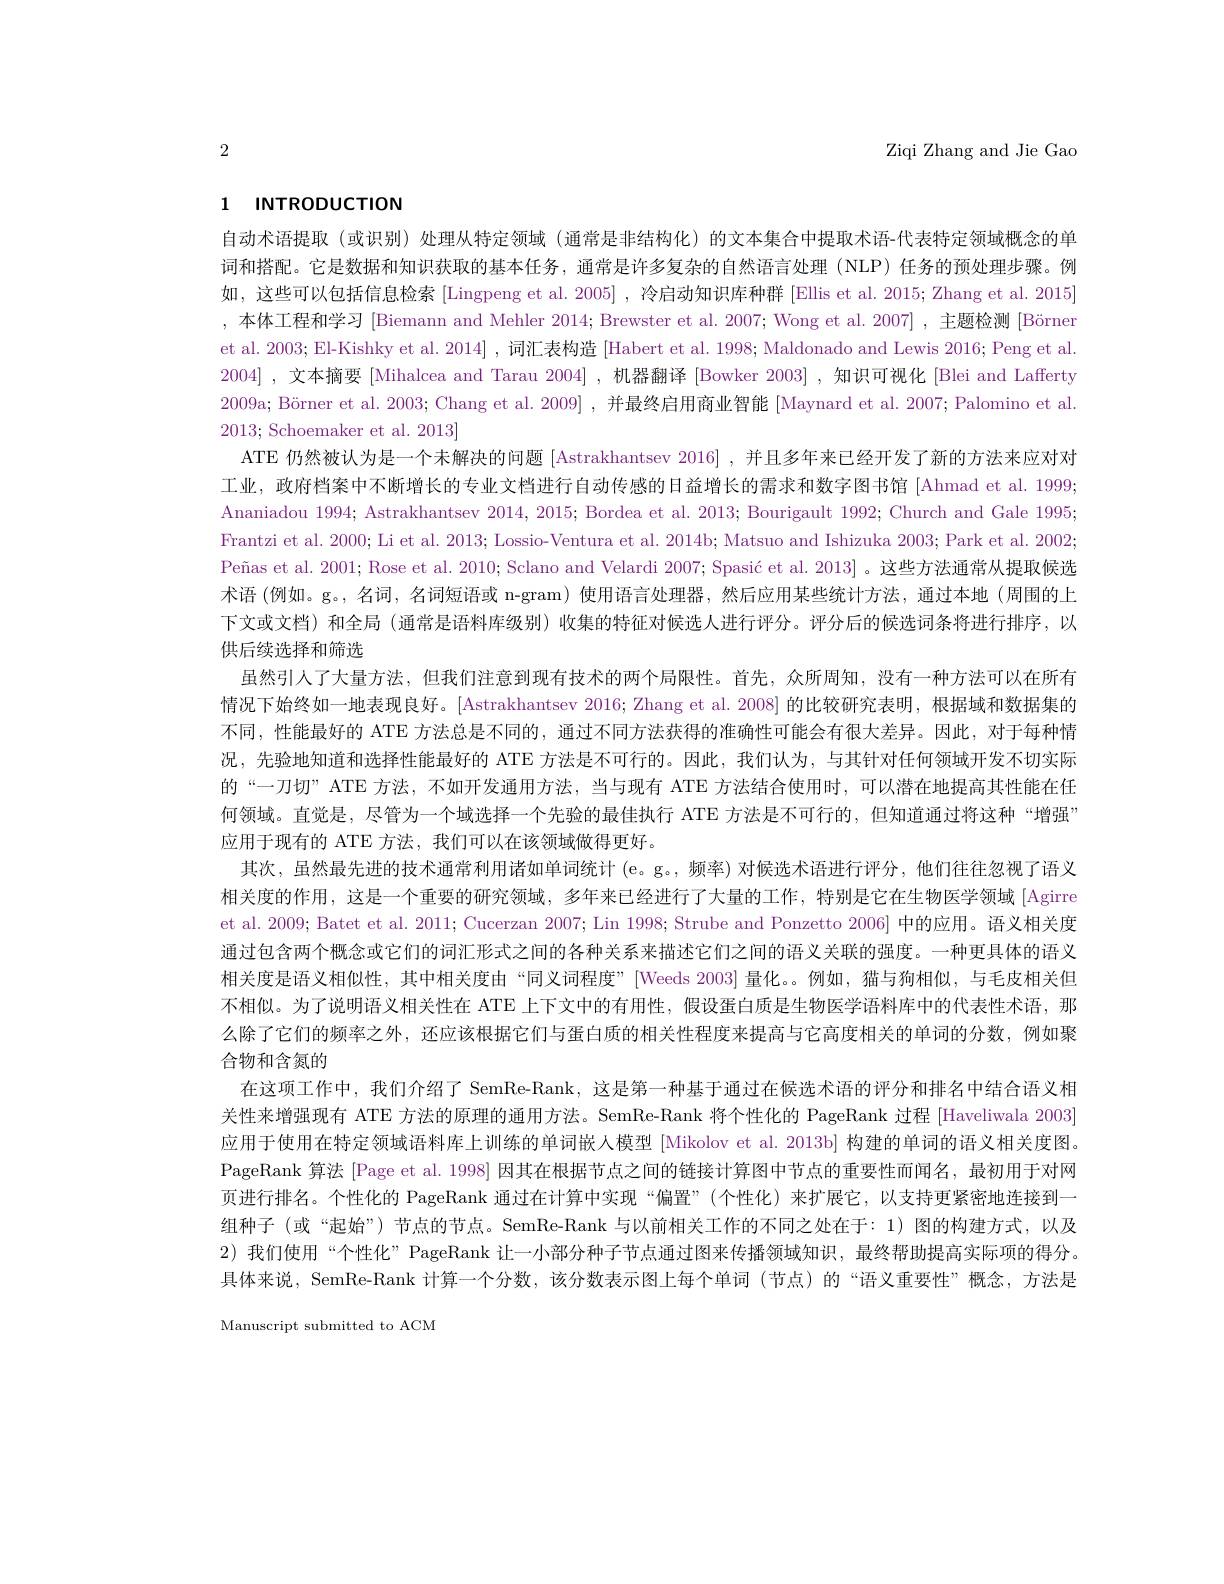
Ziqi Zhang and Jie Gao

2

# 1 INTRODUCTION

自动术语提取 (或识别)处理从特定领域 (通常是非结构化)的文本集合中提取术语-代表特定领域概念的单词和搭配。它是数据和知识获取的基本任务，通常是许多复杂的自然语言处理(NLP) 任务的预处理步骤。例如，这些可以包括信息检索 [Lingpeng et al. 2005] , 冷启动知识库种群 [Ellis et al. 2015; Zhang et al. 2015] ,本体工程和学习[Biemann and Mehler 2014; Brewster et al. 2007; Wong et al. 2007] ,主题检测 [Börner et al. 2003; El-Kishky et al. 2014] , 词汇表构造 [Habert et al. 1998; Maldonado and Lewis 2016; Peng et al. 2004],文本摘要 [Mihalcea and Tarau 2004] , 机器翻译 [Bowker 2003] ,知识可视化 [Blei and Lafferty 2009a; Börner et al. 2003; Chang et al. 2009] , 并最终启用商业智能 [Maynard et al. 2007; Palomino et al. 2013; Schoemaker et al. 2013]
ATE 仍然被认为是一个未解决的问题 [Astrakhantsev 2016] , 并且多年来已经开发了新的方法来应对对工业，政府档案中不断增长的专业文档进行自动传感的日益增长的需求和数字图书馆 [Ahmad et al. 1999; Ananiadou 1994; Astrakhantsev 2014, 2015; Bordea et al. 2013; Bourigault 1992; Church and Gale 1995; Frantzi et al. 2000; Li et al. 2013; Lossio-Ventura et al. 2014b; Matsuo and Ishizuka 2003; Park et al. 2002; Peñas et al. 2001; Rose et al. 2010; Sclano and Velardi $2007; \text{Spasi\' {c}etal. 2013}]$。这些方法通常从提取候选术语 (例如。g。,名词，名词短语或 n-gram) 使用语言处理器，然后应用某些统计方法，通过本地 (周围的上下文或文档) 和全局 (通常是语料库级别) 收集的特征对候选人进行评分。评分后的候选词条将进行排序，以供后续选择和筛选
虽然引人了大量方法，但我们注意到现有技术的两个局限性。首先，众所周知，没有一种方法可以在所有情况下始终如一地表现良好。[Astrakhantsev 2016; Zhang et al.2008] 的比较研究表明，根据域和数据集的不同，性能最好的 ATE 方法总是不同的 , 通过不同方法获得的准确性可能会有很大差异。因此，对于每种情况，先验地知道和选择性能最好的 ATE 方法是不可行的。因此，我们认为，与其针对任何领域开发不切实际的“一刀切” ATE 方法，不如开发通用方法，当与现有 ATE 方法结合使用时，可以潜在地提高其性能在任何领域。直觉是，尽管为一个域选择一个先验的最佳执行 ATE 方法是不可行的，但知道通过将这种“增强” 应用于现有的 ATE 方法，我们可以在该领域做得更好。
其次，虽然最先进的技术通常利用诸如单词统计(e。g。,频率)对候选术语进行评分，他们往往忽视了语义相关度的作用，这是一个重要的研究领域，多年来已经进行了大量的工作，特别是它在生物医学领域 [Agirre et al. 2009; Batet et al. 2011; Cucerzan 2007; Lin 1998; Strube and Ponzetto 2006] 中的应用。语义相关度通过包含两个概念或它们的词汇形式之间的各种关系来描述它们之间的语义关联的强度。一种更具体的语义相关度是语义相似性，其中相关度由“同义词程度”[Weeds 2003]量化。例如，猫与狗相似，与毛皮相关但不相似。为了说明语义相关性在 ATE 上下文中的有用性，假设蛋白质是生物医学语料库中的代表性术语，那么除了它们的频率之外，还应该根据它们与蛋白质的相关性程度来提高与它高度相关的单词的分数，例如聚合物和含氮的
在这项工作中，我们介绍了 SemRe-Rank,这是第一种基于通过在候选术语的评分和排名中结合语义相关性来增强现有 ATE 方法的原理的通用方法。SemRe-Rank 将个性化的 PageRank 过程 [Haveliwala 2003] 应用于使用在特定领域语料库上训练的单词嵌人模型[Mikolov et al. 2013b] 构建的单词的语义相关度图。PageRank 算法 [Page et al. 1998] 因其在根据节点之间的链接计算图中节点的重要性而闻名，最初用于对网页进行排名。个性化的 PageRank 通过在计算中实现“偏置”(个性化)来扩展它，以支持更紧密地连接到一组种子 (或“起始”) 节点的节点。SemRe-Rank 与以前相关工作的不同之处在于：1) 图的构建方式，以及2)我们使用“个性化”PageRank 让一小部分种子节点通过图来传播领域知识，最终帮助提高实际项的得分。具体来说，SemRe-Rank 计算一个分数，该分数表示图上每个单词 (节点)的“语义重要性”概念，方法是

Manuscript submitted to ACM